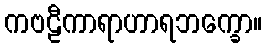
ကဗဠီကာရာဟာရဘက္ခော။